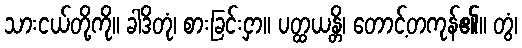
သားငယ်တို့ကို။ ခါဒိတုံ၊ စားခြင်းငှာ။ ပတ္ထယန္တိ၊ တောင့်တကုန်၏။ တွံ၊